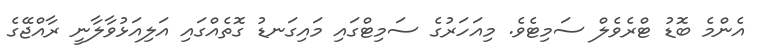
އެންމެ ބޮޑު ޓްރެވެލް ސަމިޓެވެ. މިއަހަރުގެ ސަމިޓްގައި މައިގަނޑު ގޮތެއްގައި އަލިއަޅުވާލާނީ ރާއްޖޭގެ